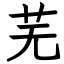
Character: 芜